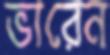
ভারেন